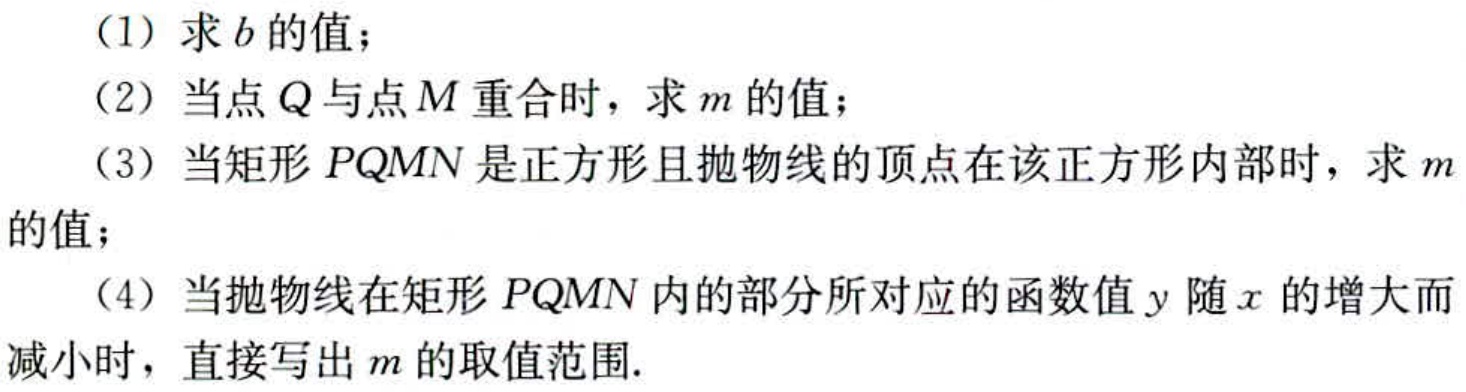
(1) 求\(b\)的值；
(2) 当点\(Q\)与点\(M\)重合时，求\(m\)的值；
(3) 当矩形\(PQMN\)是正方形且抛物线的顶点在该正方形内部时，求\(m\)的值；
(4) 当抛物线在矩形\(PQMN\)内的部分所对应的函数值\(y\)随\(x\)的增大而减小时，直接写出\(m\)的取值范围.